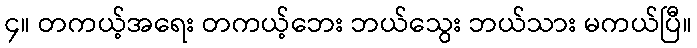
၄။ တကယ့်အရေး တကယ့်ဘေး ဘယ်သွေး ဘယ်သား မကယ်ပြီ။